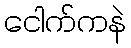
ငေါက်ကနဲ